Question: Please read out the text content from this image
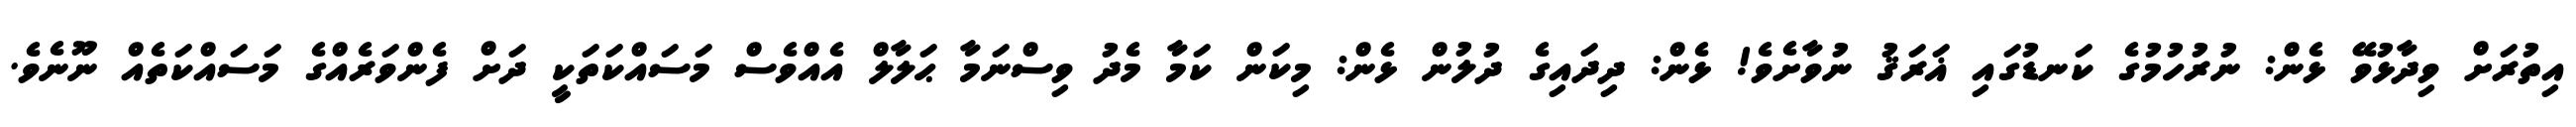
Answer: އިތުރަށް ވިދާޅުވޭ ޅެން: ނުރުހުމުގެ ކަނޑުގައި ޣަރަޤު ނުވާށެވެ! ޅެން: ދިދައިގެ ދުލުން ޅެން: މިކަން ކަމާ މެދު ވިސްނަމާ ޙަލާލް އެއްވެސް މަސައްކަތަކީ ދަށް ފެންވަރެއްގެ މަސައްކަތެއް ނޫނެވެ.